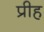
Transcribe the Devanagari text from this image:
प्रीह